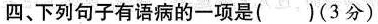
四、下列句子有语病的一项是()(3分)